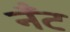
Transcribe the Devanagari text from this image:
नँँट